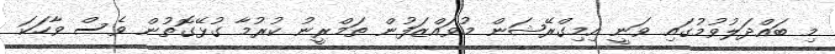
މި ބައްދަލުވުމުގައި ވަނީ އިމިގްރޭޝަން މުވައްޒަފުން ތަމްރީނު ކުރުމާ ގުޅޭގޮތުން ވެސް ވާހަކަ